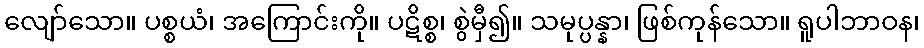
လျော်သော။ ပစ္စယံ၊ အကြောင်းကို။ ပဋိစ္စ၊ စွဲမှီ၍။ သမုပ္ပန္နာ၊ ဖြစ်ကုန်သော။ ရူပါဘာဝန၊